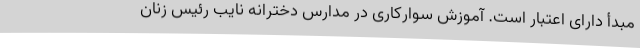
مبدأ دارای اعتبار است. آموزش سوارکاری در مدارس دخترانه نایب رئیس زنان